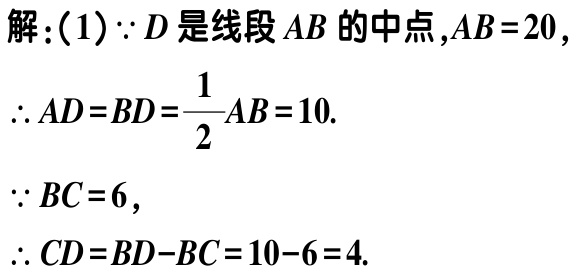
解：(1)$\because D$是线段$AB$的中点,$AB = 20$,

$\therefore AD=BD=\dfrac{1}{2}AB = 10$.

$\because BC = 6$,

$\therefore CD=BD - BC=10 - 6 = 4$.